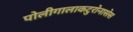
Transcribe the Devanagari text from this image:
पोलीगालाकटुरोनासेस